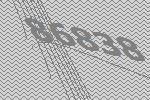
86838